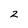
Character: 2